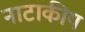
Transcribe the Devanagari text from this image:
नाटाकीय